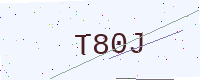
Text: T80J